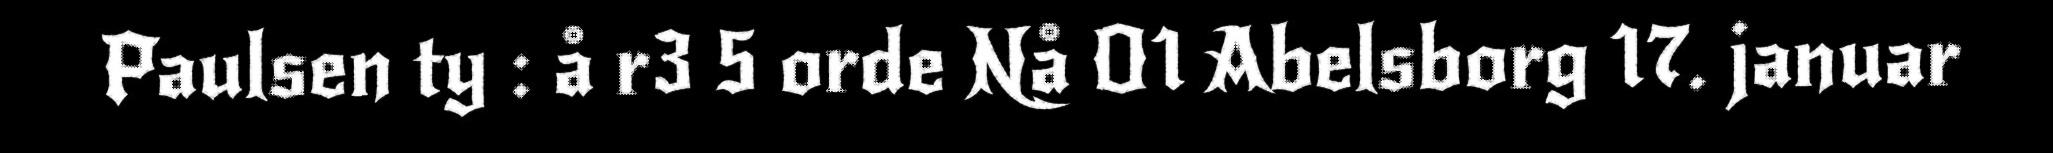
Paulsen ty : å r3 5 orde Nå O1 Abelsborg 17. januar